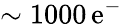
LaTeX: \sim1000\, \mathrm{e}^{-}